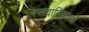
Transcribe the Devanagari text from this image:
रसवाहिकाओं